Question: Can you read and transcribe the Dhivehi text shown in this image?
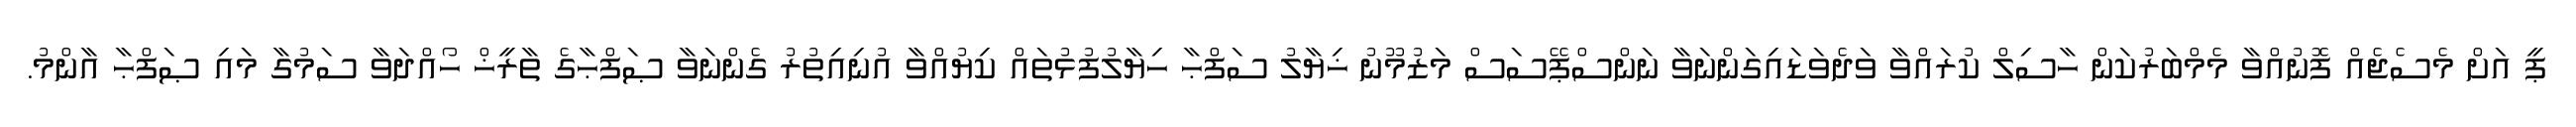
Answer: ޕީ އަށް މެސެޖެއް ފޮނުއްވާ މެމްބަރުކަން ހާސިލް ކުރައްވާ ވަދެވަޑައިގަންނަވާ ނަންސްޕޭސަސް މަޒުމޫނު ޚިޔާލު ސަފްޙާ ހިޔާލުފުޅުތައް ކިޔުއްވާ އުނިއިތުރު ގެންނަވާ ޞަފްޙާގެ ތާރީޚް ހޯއްދަވާ ސަމުގާ މައި ޞަފްޙާ އާންމު.